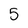
Character: 5